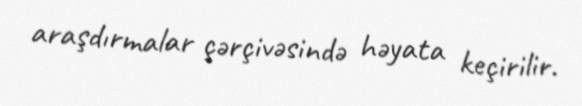
araşdırmalar çərçivəsində həyata keçirilir.